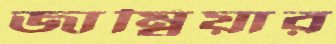
জাম্বিয়ার